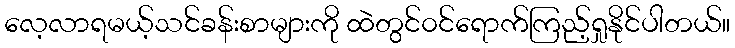
လေ့လာရမယ့်သင်ခန်းစာများကို ထဲတွင်၀င်ရောက်ကြည့်ရှုနိုင်ပါတယ်။